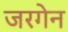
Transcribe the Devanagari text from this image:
जरगेन